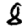
Digit: 8